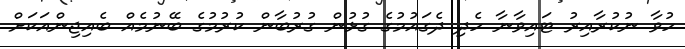
ހުވާ ނުކުރާއިރު ޓައިވާނާ ހެދި ދެގައުމުގެ ގުޅުން ގުރުބާން ކުރުމުގެ ބޭނުމެއް ބެއިޖިންއަކަށް